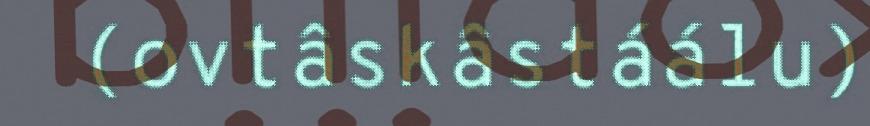
(ovtâskâstáálu)